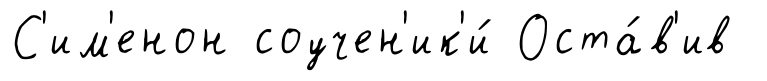
С'им'енон соучен'ик'и́ Оста́в'ив